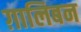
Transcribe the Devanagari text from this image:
ग़ालिबन